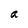
Character: a